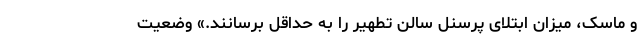
و ماسک، میزان ابتلای پرسنل سالن تطهیر را به حداقل برسانند.» وضعیت